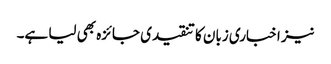
نیز اخباری زبان کا تنقیدی جائزہ بھی لیا ہے۔